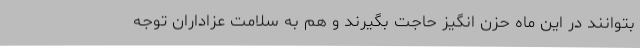
بتوانند در این ماه حزن انگیز حاجت بگیرند و هم به سلامت عزاداران توجه